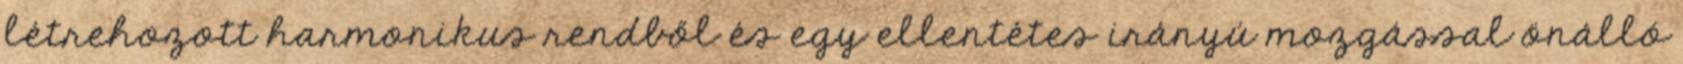
létrehozott harmonikus rendből és egy ellentétes irányú mozgással önálló